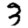
Digit: 3